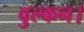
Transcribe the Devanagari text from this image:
वुल्कन।